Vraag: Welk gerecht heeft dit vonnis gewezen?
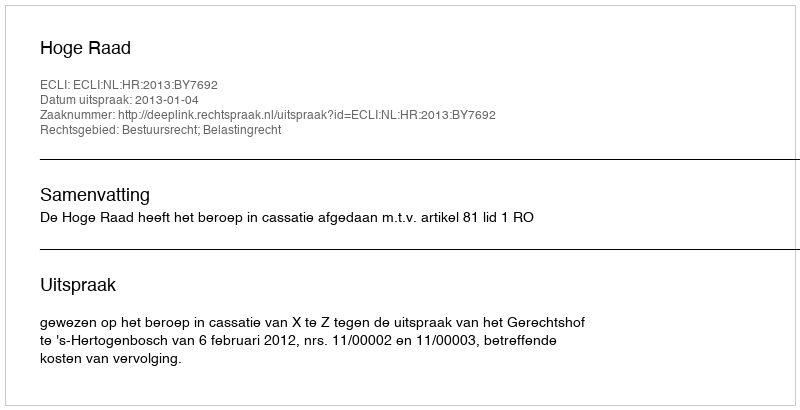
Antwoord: Hoge Raad